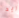
ريد